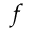
f